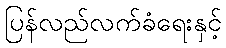
ပြန်လည်လက်ခံရေးနှင့်